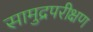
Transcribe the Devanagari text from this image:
सामुद्रपरीक्षण